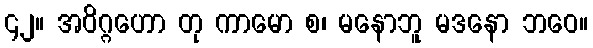
၄၂။ အဝိဂ္ဂဟော တု ကာမော စ၊ မနောဘူ မဒနော ဘဝေ။